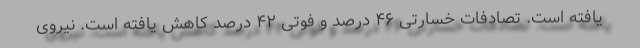
یافته است. تصادفات خسارتی ۴۶ درصد و فوتی ۴۲ درصد کاهش یافته است. نیروی